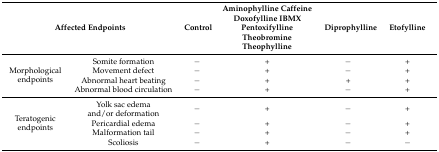
<table><thead><tr><td colspan="2"><b>Affected Endpoints</b></td><td><b>Control</b></td><td><b>Aminophylline Caffeine Doxofylline IBMX Pentoxifylline Theobromine Theophylline</b></td><td><b>Diprophylline</b></td><td><b>Etofylline</b></td></tr></thead><tbody><tr><td rowspan="4">Morphological endpoints</td><td>Somite formation</td><td>−</td><td>+</td><td>−</td><td>+</td></tr><tr><td>Movement defect</td><td>−</td><td>+</td><td>−</td><td>+</td></tr><tr><td>Abnormal heart beating</td><td>−</td><td>+</td><td>+</td><td>+</td></tr><tr><td>Abnormal blood circulation</td><td>−</td><td>+</td><td>−</td><td>+</td></tr><tr><td rowspan="4">Teratogenic endpoints</td><td>Yolk sac edema and/or deformation</td><td>−</td><td>+</td><td>−</td><td>+</td></tr><tr><td>Pericardial edema</td><td>−</td><td>+</td><td>−</td><td>+</td></tr><tr><td>Malformation tail</td><td>−</td><td>+</td><td>−</td><td>+</td></tr><tr><td>Scoliosis</td><td>−</td><td>+</td><td>−</td><td>−</td></tr></tbody></table>